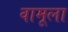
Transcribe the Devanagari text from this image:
वामूला